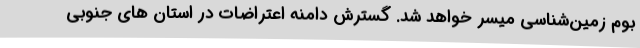
بوم زمین‌شناسی میسر خواهد شد. گسترش دامنه اعتراضات در استان های جنوبی